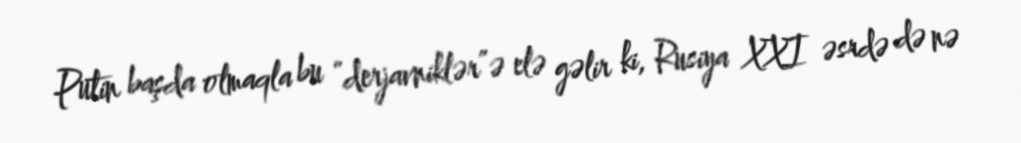
Putin başda olmaqla bu “derjavniklər”ə elə gəlir ki, Rusiya XXI əsrdə də nə